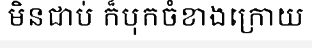
មិនជាប់ ក៏បុកចំខាងក្រោយ